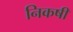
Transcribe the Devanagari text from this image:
निकषीं